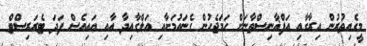
މީގެއިތުރުން އިރާގާއި އަފްޣާނިސްތާނަށް ހަމަޖެހުން ގެނައުމަށާއި އަލްގާއިދާ އާއި އައިއެސް ފަދަ ޓެރަރިސްޓް